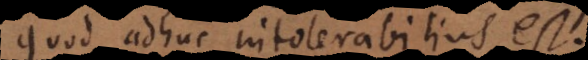
quod adhuc intolerabilius est.